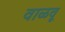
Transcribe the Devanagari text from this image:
वाळवू